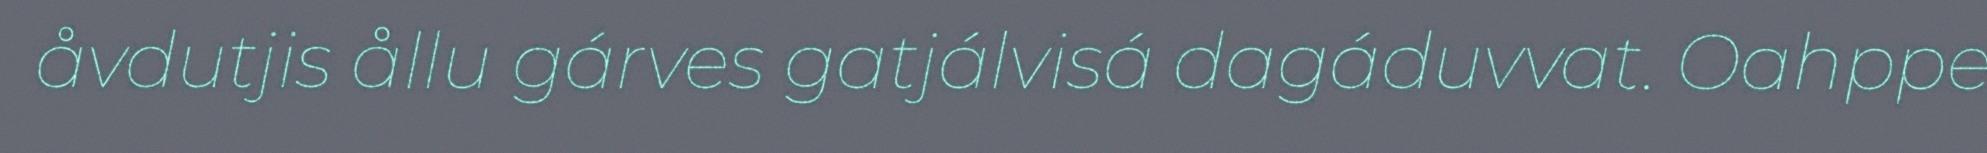
åvdutjis ållu gárves gatjálvisá dagáduvvat. Oahppe